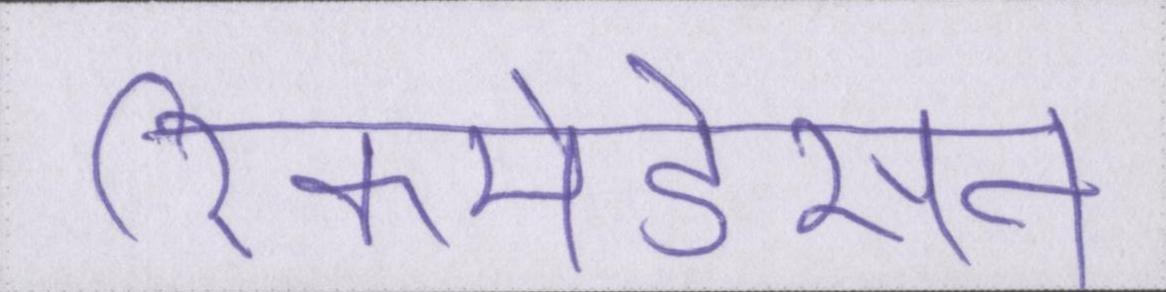
रिकमेंडेसन